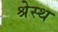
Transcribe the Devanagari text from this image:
श्रेस्थ